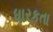
ધારકતા